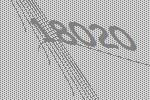
18020